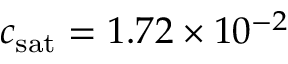
c _ { \mathrm { s a t } } = 1 . 7 2 \times 1 0 ^ { - 2 }